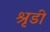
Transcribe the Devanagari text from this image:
श्रृडी